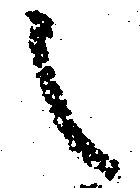
之